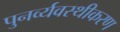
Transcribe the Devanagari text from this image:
पुनर्व्यवस्थीकरण